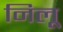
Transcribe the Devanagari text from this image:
निलू